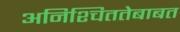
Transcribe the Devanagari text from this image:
अनिश्चिततेबाबत